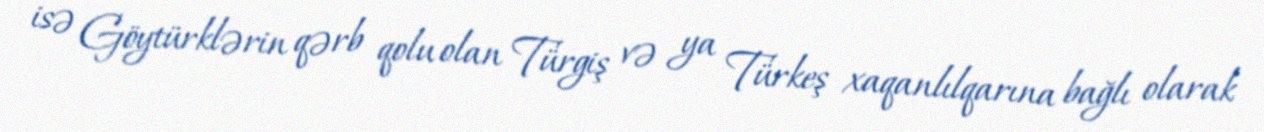
isə Göytürklərin qərb qolu olan Türgiş və ya Türkeş xaqanlılqarına bağlı olarak